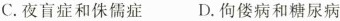
C.夜盲症和侏儒症 D.佝偻病和糖尿病